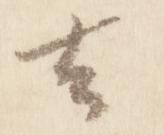
去